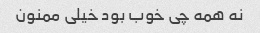
نه همه چی خوب بود خیلی ممنون